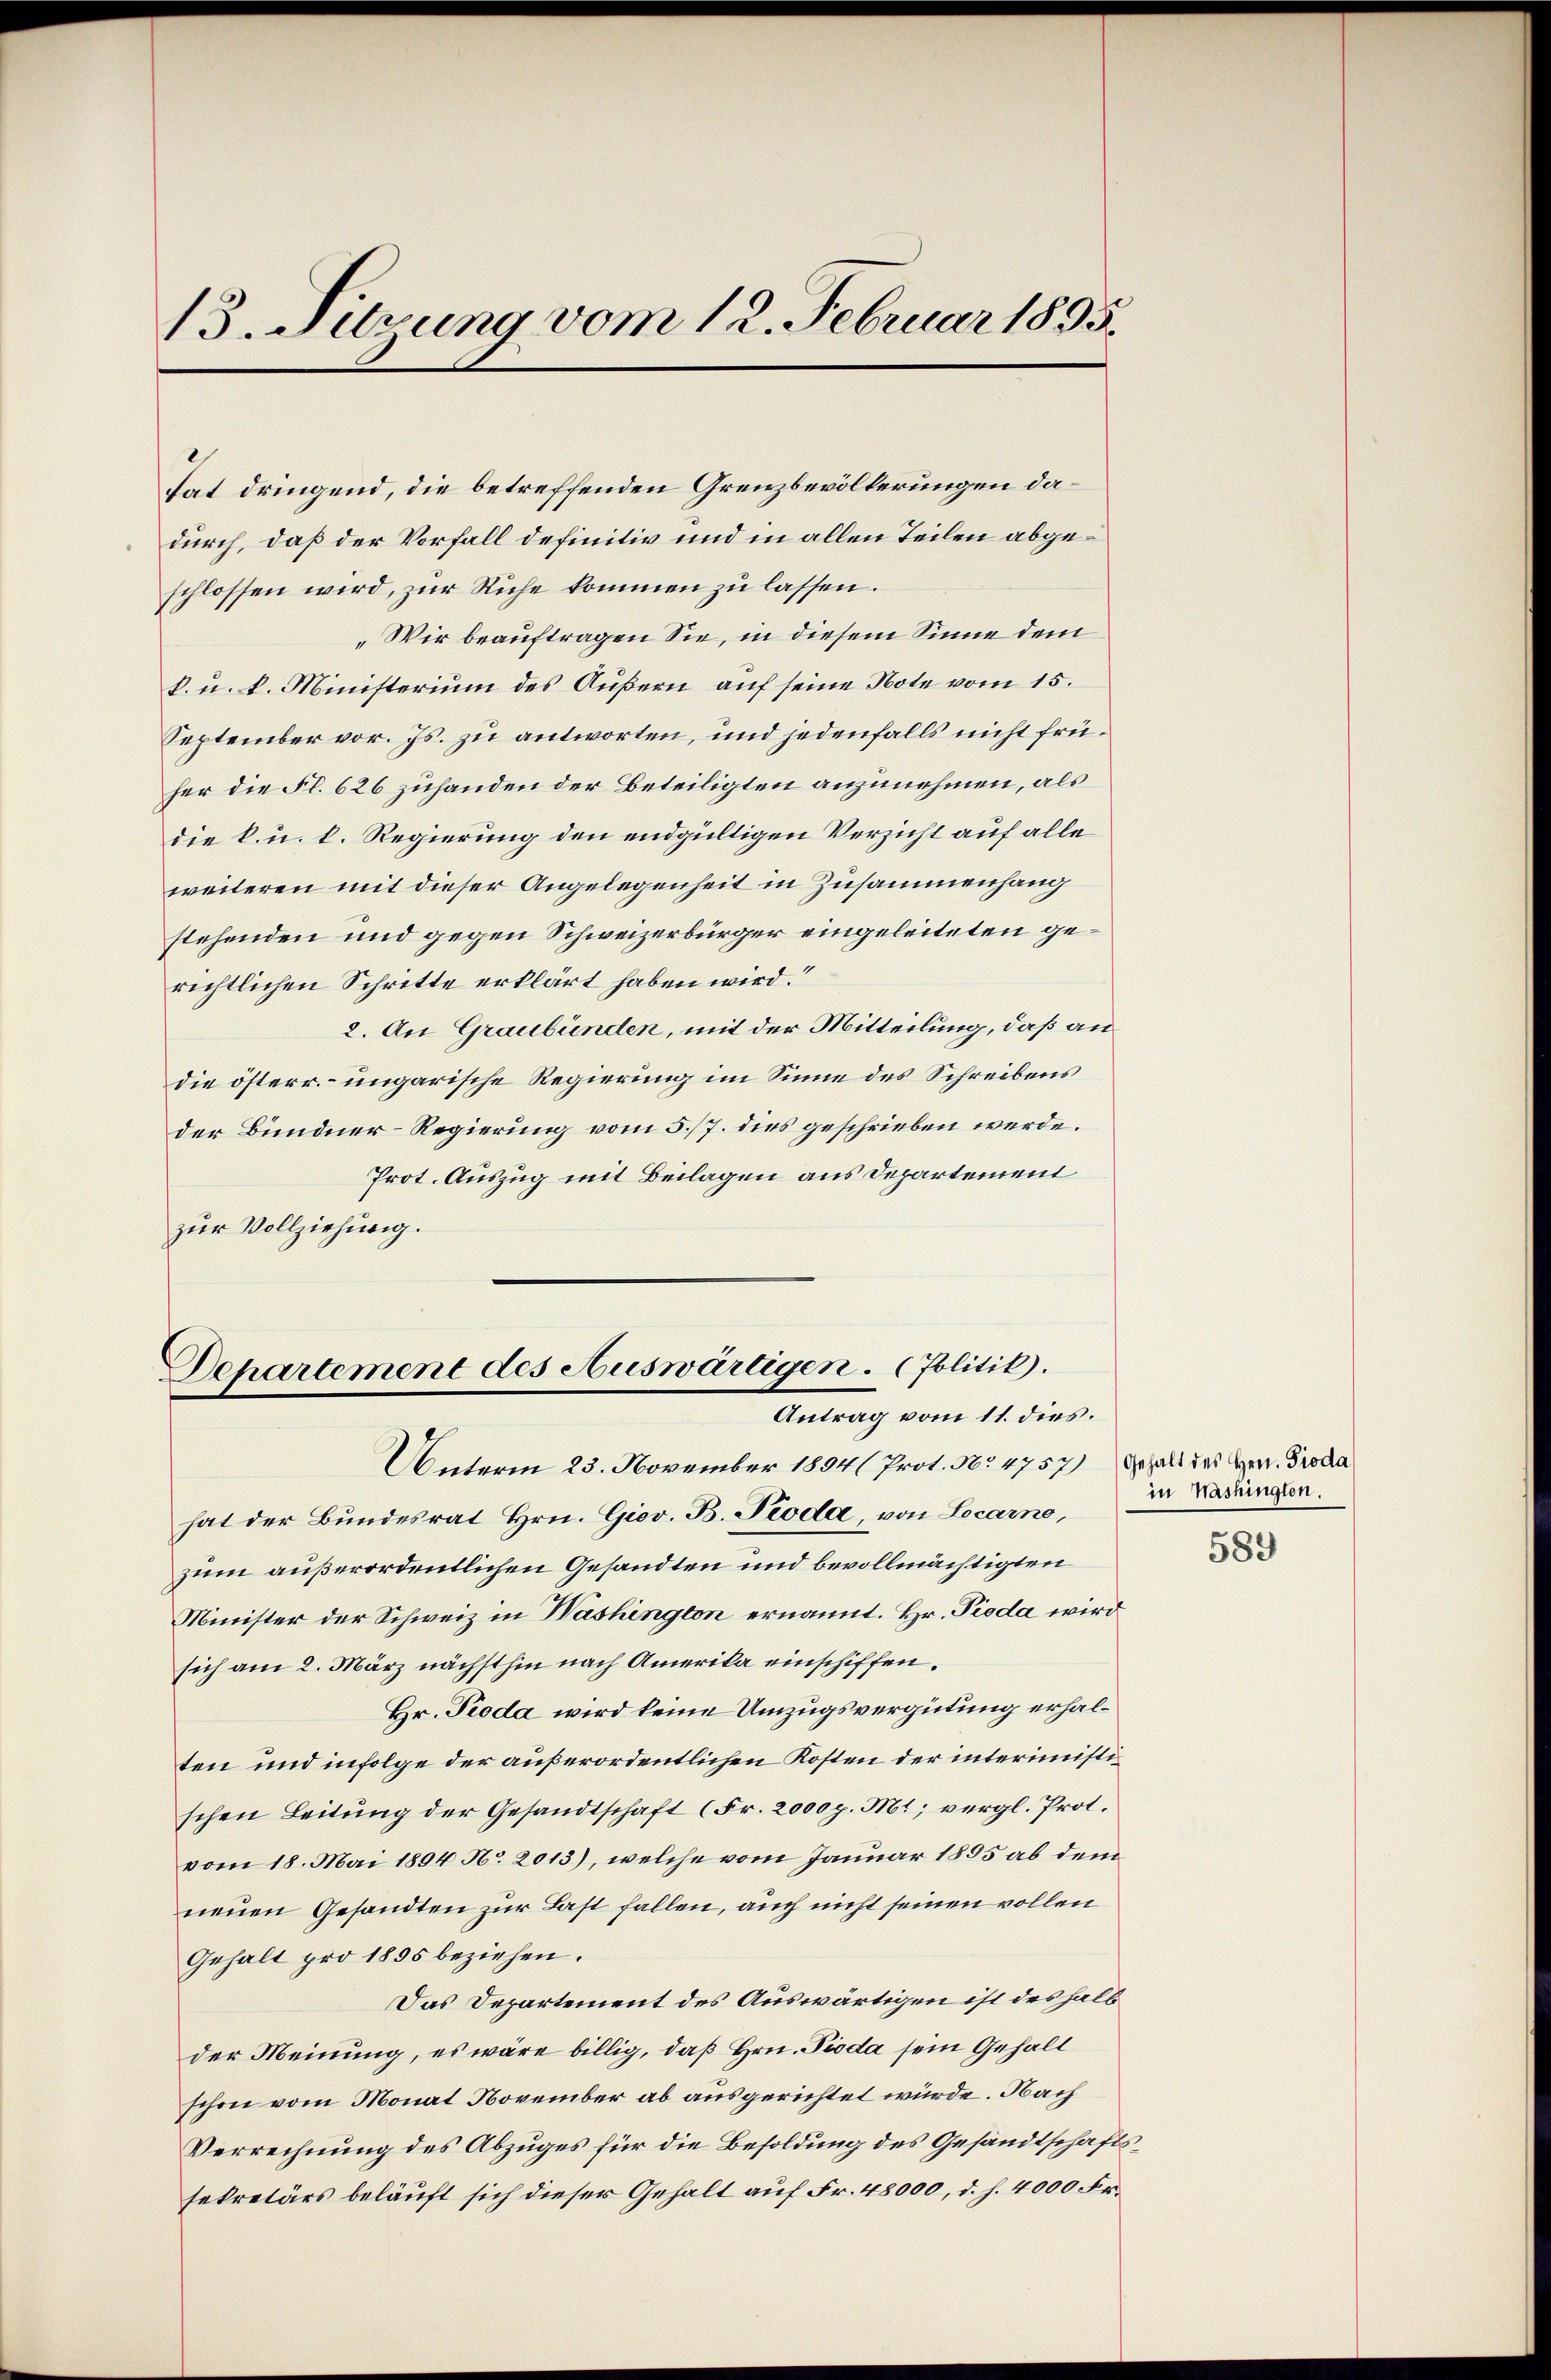
13. Sitzung vom 12. Februar 1895.

hat dringend, die betreffenden Grenzbevölkerungen dadurch, daß der Vorfall definitiv und in allen Teilen abgeschlossen wird, zur Ruhe kommen zu lassen.
„Wir beauftragen Sie, in diesem Sinne dem
k. u. k. Ministerium des Äußern auf seine Note vom 15.
September vor. Js. zu antworten, und jedenfalls nicht früher die Fl. 626 zuhanden der Beteiligten anzunehmen, als
die k. u. k. Regierung den endgültigen Verzicht auf alle
weiteren mit dieser Angelegenheit in Zusammenhang
stehenden und gegen Schweizerbürger eingeleiteten gerichtlichen Schritte erklärt haben wird.“
2. An Graubünden, mit der Mitteilung, daß andie österr. ungarische Regierung im Sinne des Schreibens
der Bundner-Regierung vom 5/7. dies geschrieben werde.
Prot. Auszug mit Beilagen aus Departement
zur Vollziehung.

Departement des Auswärtigen. Politik.
Antrag vom 11. dies.
Unterm 23. November 1894 (Prot. No 4757) Gehalt des Herr. Procla

hat der Bundesrat Hrn. Giov. B. Pioda von Locarno,
zum außerordentlichen Gesandten und bevollmächtigten
Minister der Schweiz in Washington ernannt. Hr. Pioda wird
sich am 2. März nächsthin nach Amerika einschiffen.
Hr. Pioda wird keine Umzugsvergütung erhalten und infolge der außerordentlichen Kosten der interimistischen Leitung der Gesandtschaft (Fr. 2000 p. Mt; vergl. Prot.
vom 18. Mai 1894 No. 2013), welche vom Januar 1895 ab dem
neuen Gesandten zur Last fallen, auch nicht seinen vollen
Gehalt pro 1855 beziehen.
Das Departement des Auswärtigen ist deshalb
der Meinung, es wäre billig, daß Hrn. Pioda sein Gehalt
schon vom Monat November ab ausgerichtet würde. Nach
Verrechnung des Abzuges für die Besoldung des Gesandtschaftssekretärs beläuft sich dieser Gehalt auf Fr. 48000, d. h. 4000 Fr.

in Washingten.

589